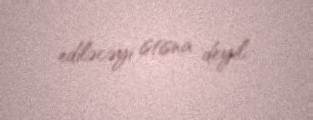
ediləcəyi istisna deyil.